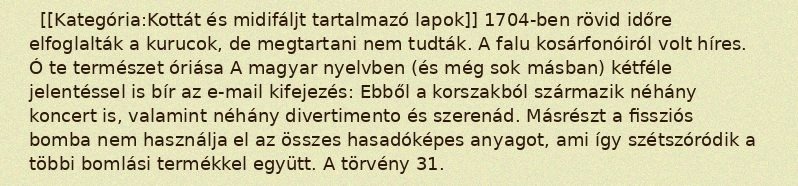
[[Kategória:Kottát és midifáljt tartalmazó lapok]] 1704-ben rövid időre elfoglalták a kurucok, de megtartani nem tudták. A falu kosárfonóiról volt híres. Ó te természet óriása A magyar nyelvben (és még sok másban) kétféle jelentéssel is bír az e-mail kifejezés: Ebből a korszakból származik néhány koncert is, valamint néhány divertimento és szerenád. Másrészt a fissziós bomba nem használja el az összes hasadóképes anyagot, ami így szétszóródik a többi bomlási termékkel együtt. A törvény 31.